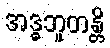
အဒ္ဓဘူတန္တိ